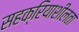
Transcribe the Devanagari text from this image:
सहक्रियाशीलता